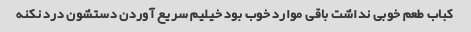
کباب طعم خوبی نداشت باقی موارد خوب بود خیلیم سریع آوردن دستشون درد نکنه